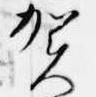
賀